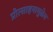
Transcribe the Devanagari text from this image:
प्रोत्साहनामुळेच